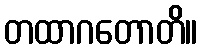
တထာဂတောတိ။